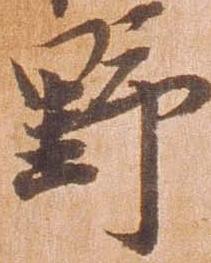
野